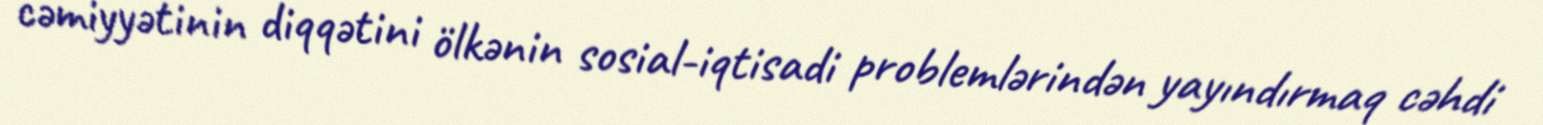
cəmiyyətinin diqqətini ölkənin sosial-iqtisadi problemlərindən yayındırmaq cəhdi